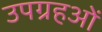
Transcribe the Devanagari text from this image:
उपग्रहओं